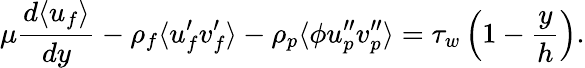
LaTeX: \mu\frac{d\langle u_{f}\rangle}{dy}-\rho_{f}\langle u_{f}^{\prime}v_{f}^{\prime}\rangle-\rho_{p}\langle\phi u_{p}^{\prime\prime}v_{p}^{\prime\prime}\rangle=\tau_{w}\left(1-\frac{y}{h}\right).